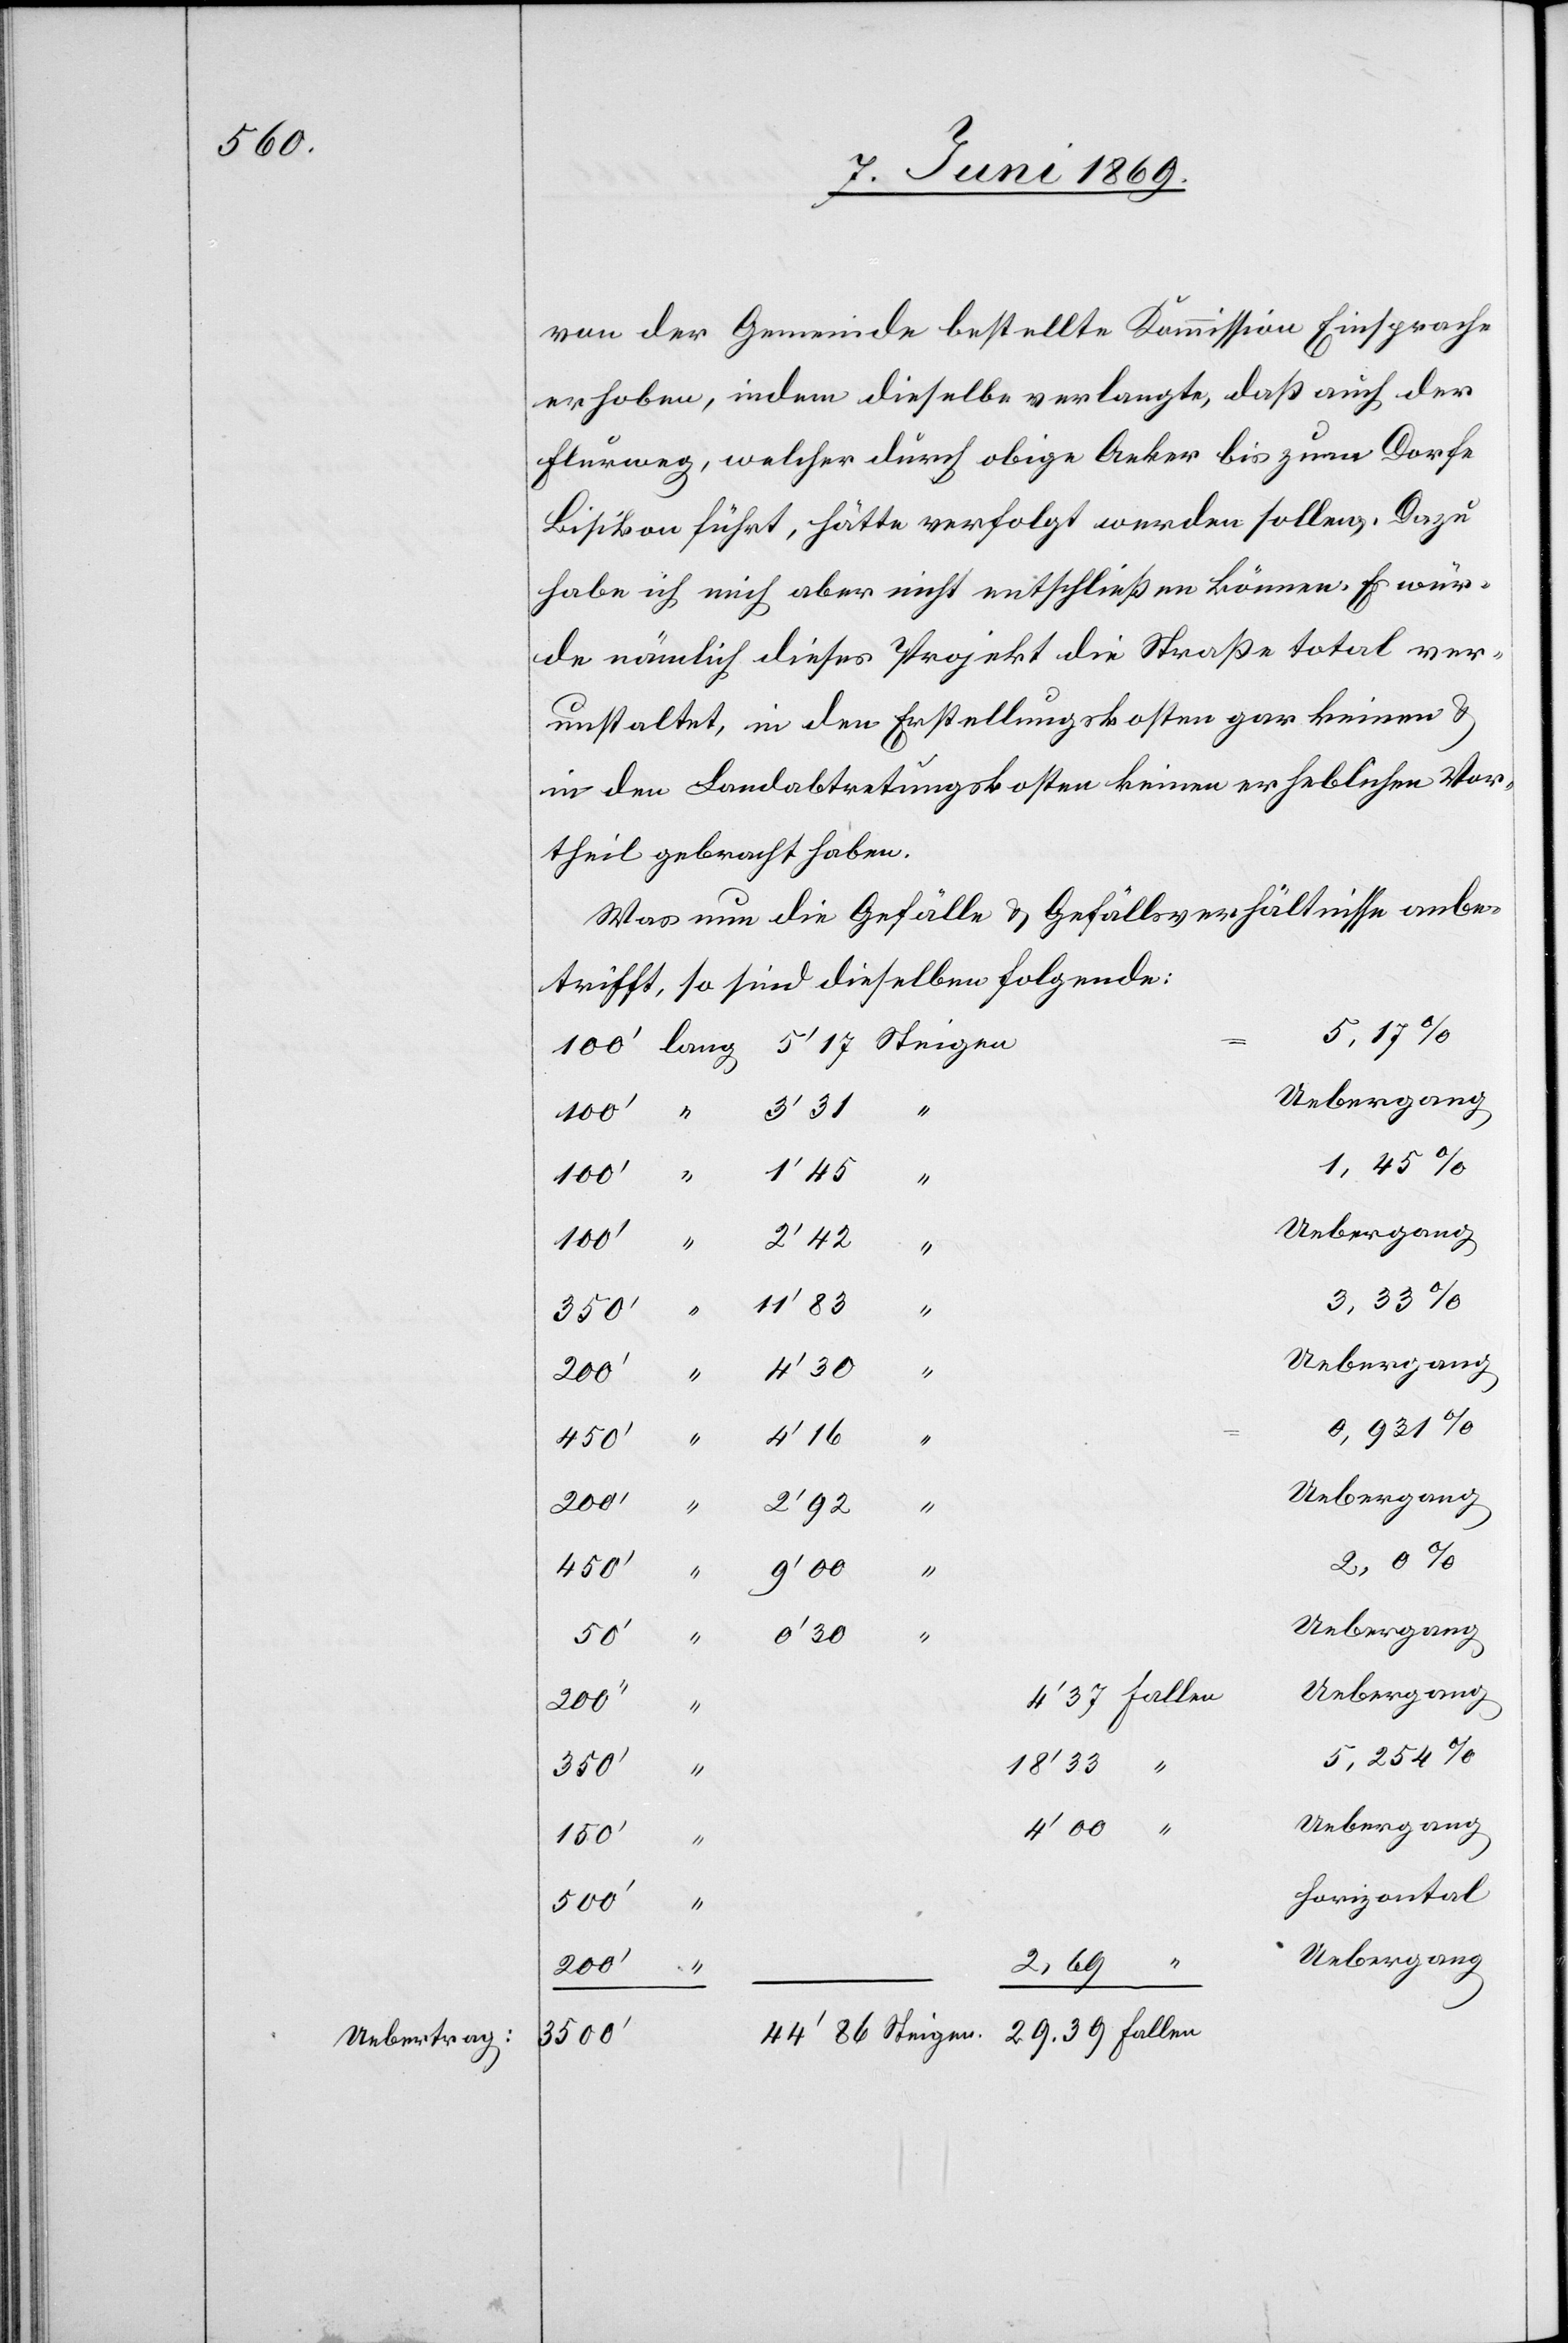
Uebertrag:

von der Gemeinde bestellte Kommission Einsprache
erhoben, indem dieselbe verlangte, daß auch der
Flurweg, welcher durch obige Aecker bis zum Dorfe
Bisikon führt, hätte verfolgt werden sollen. Dazu
habe ich mich aber nicht entschließen können. Es würde
unstaltet, in den Erstellungskosten gar keinen u.
in den Landabtretungskosten keinen erheblichen Vor¬
theil gebracht haben.
Was nun die Gefälle u. Gefällsverhältnisse anbe¬
trifft, so sind dieselben folgende:
0.931%
Uebergang
200’
450’
50’
ver¬
29.39 Fallen
5.254%
18’33 “
500’
“
Uebergang
150’
Horizontal
Uebergang
100’
3500‘